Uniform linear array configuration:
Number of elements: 4
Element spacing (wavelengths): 1
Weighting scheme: cosine
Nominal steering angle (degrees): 15
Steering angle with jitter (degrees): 14.423
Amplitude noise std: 0.05
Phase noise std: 0.05

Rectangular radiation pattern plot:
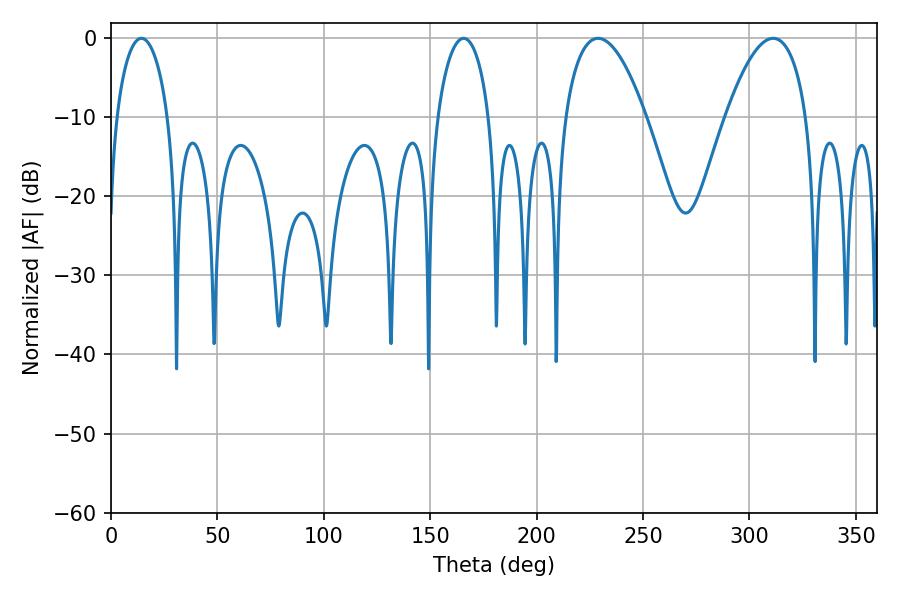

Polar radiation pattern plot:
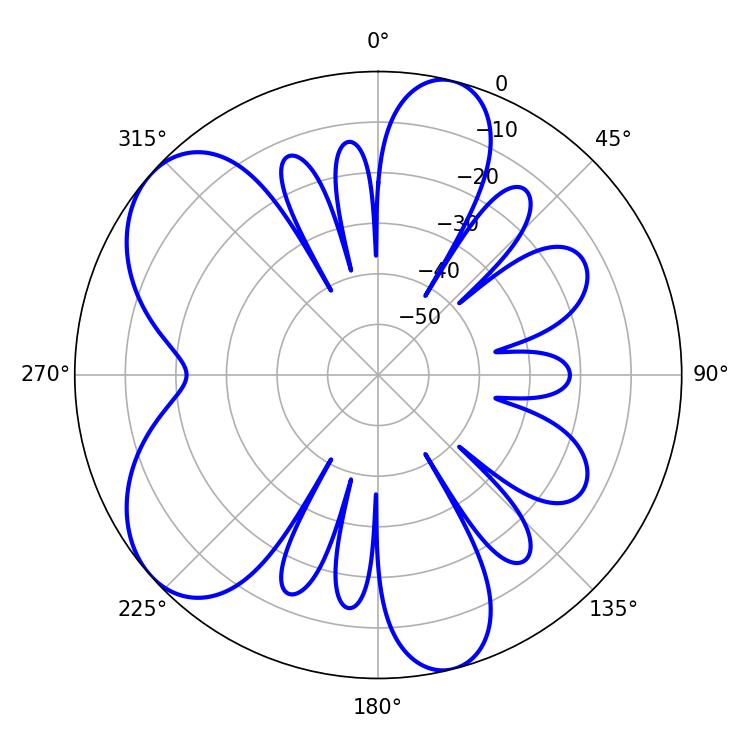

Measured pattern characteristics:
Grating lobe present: TRUE
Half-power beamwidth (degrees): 21.06
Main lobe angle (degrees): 228.78